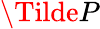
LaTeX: \Tilde{P}